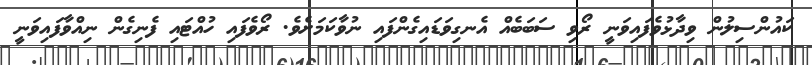
ކައުންސިލުން ވިދާޅުވެފައިވަނީ ރޯވި ސަބަބެއް އެނގިވަޑައިގެންފައި ނުވާކަމަށެވެ. ރޯވެފައި ހުއްޓައި ފެނިގެން ނިއްވާފައިވަނީ